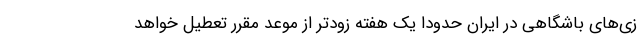
زی‌های باشگاهی در ایران حدودا یک هفته زودتر از موعد مقرر تعطیل خواهد